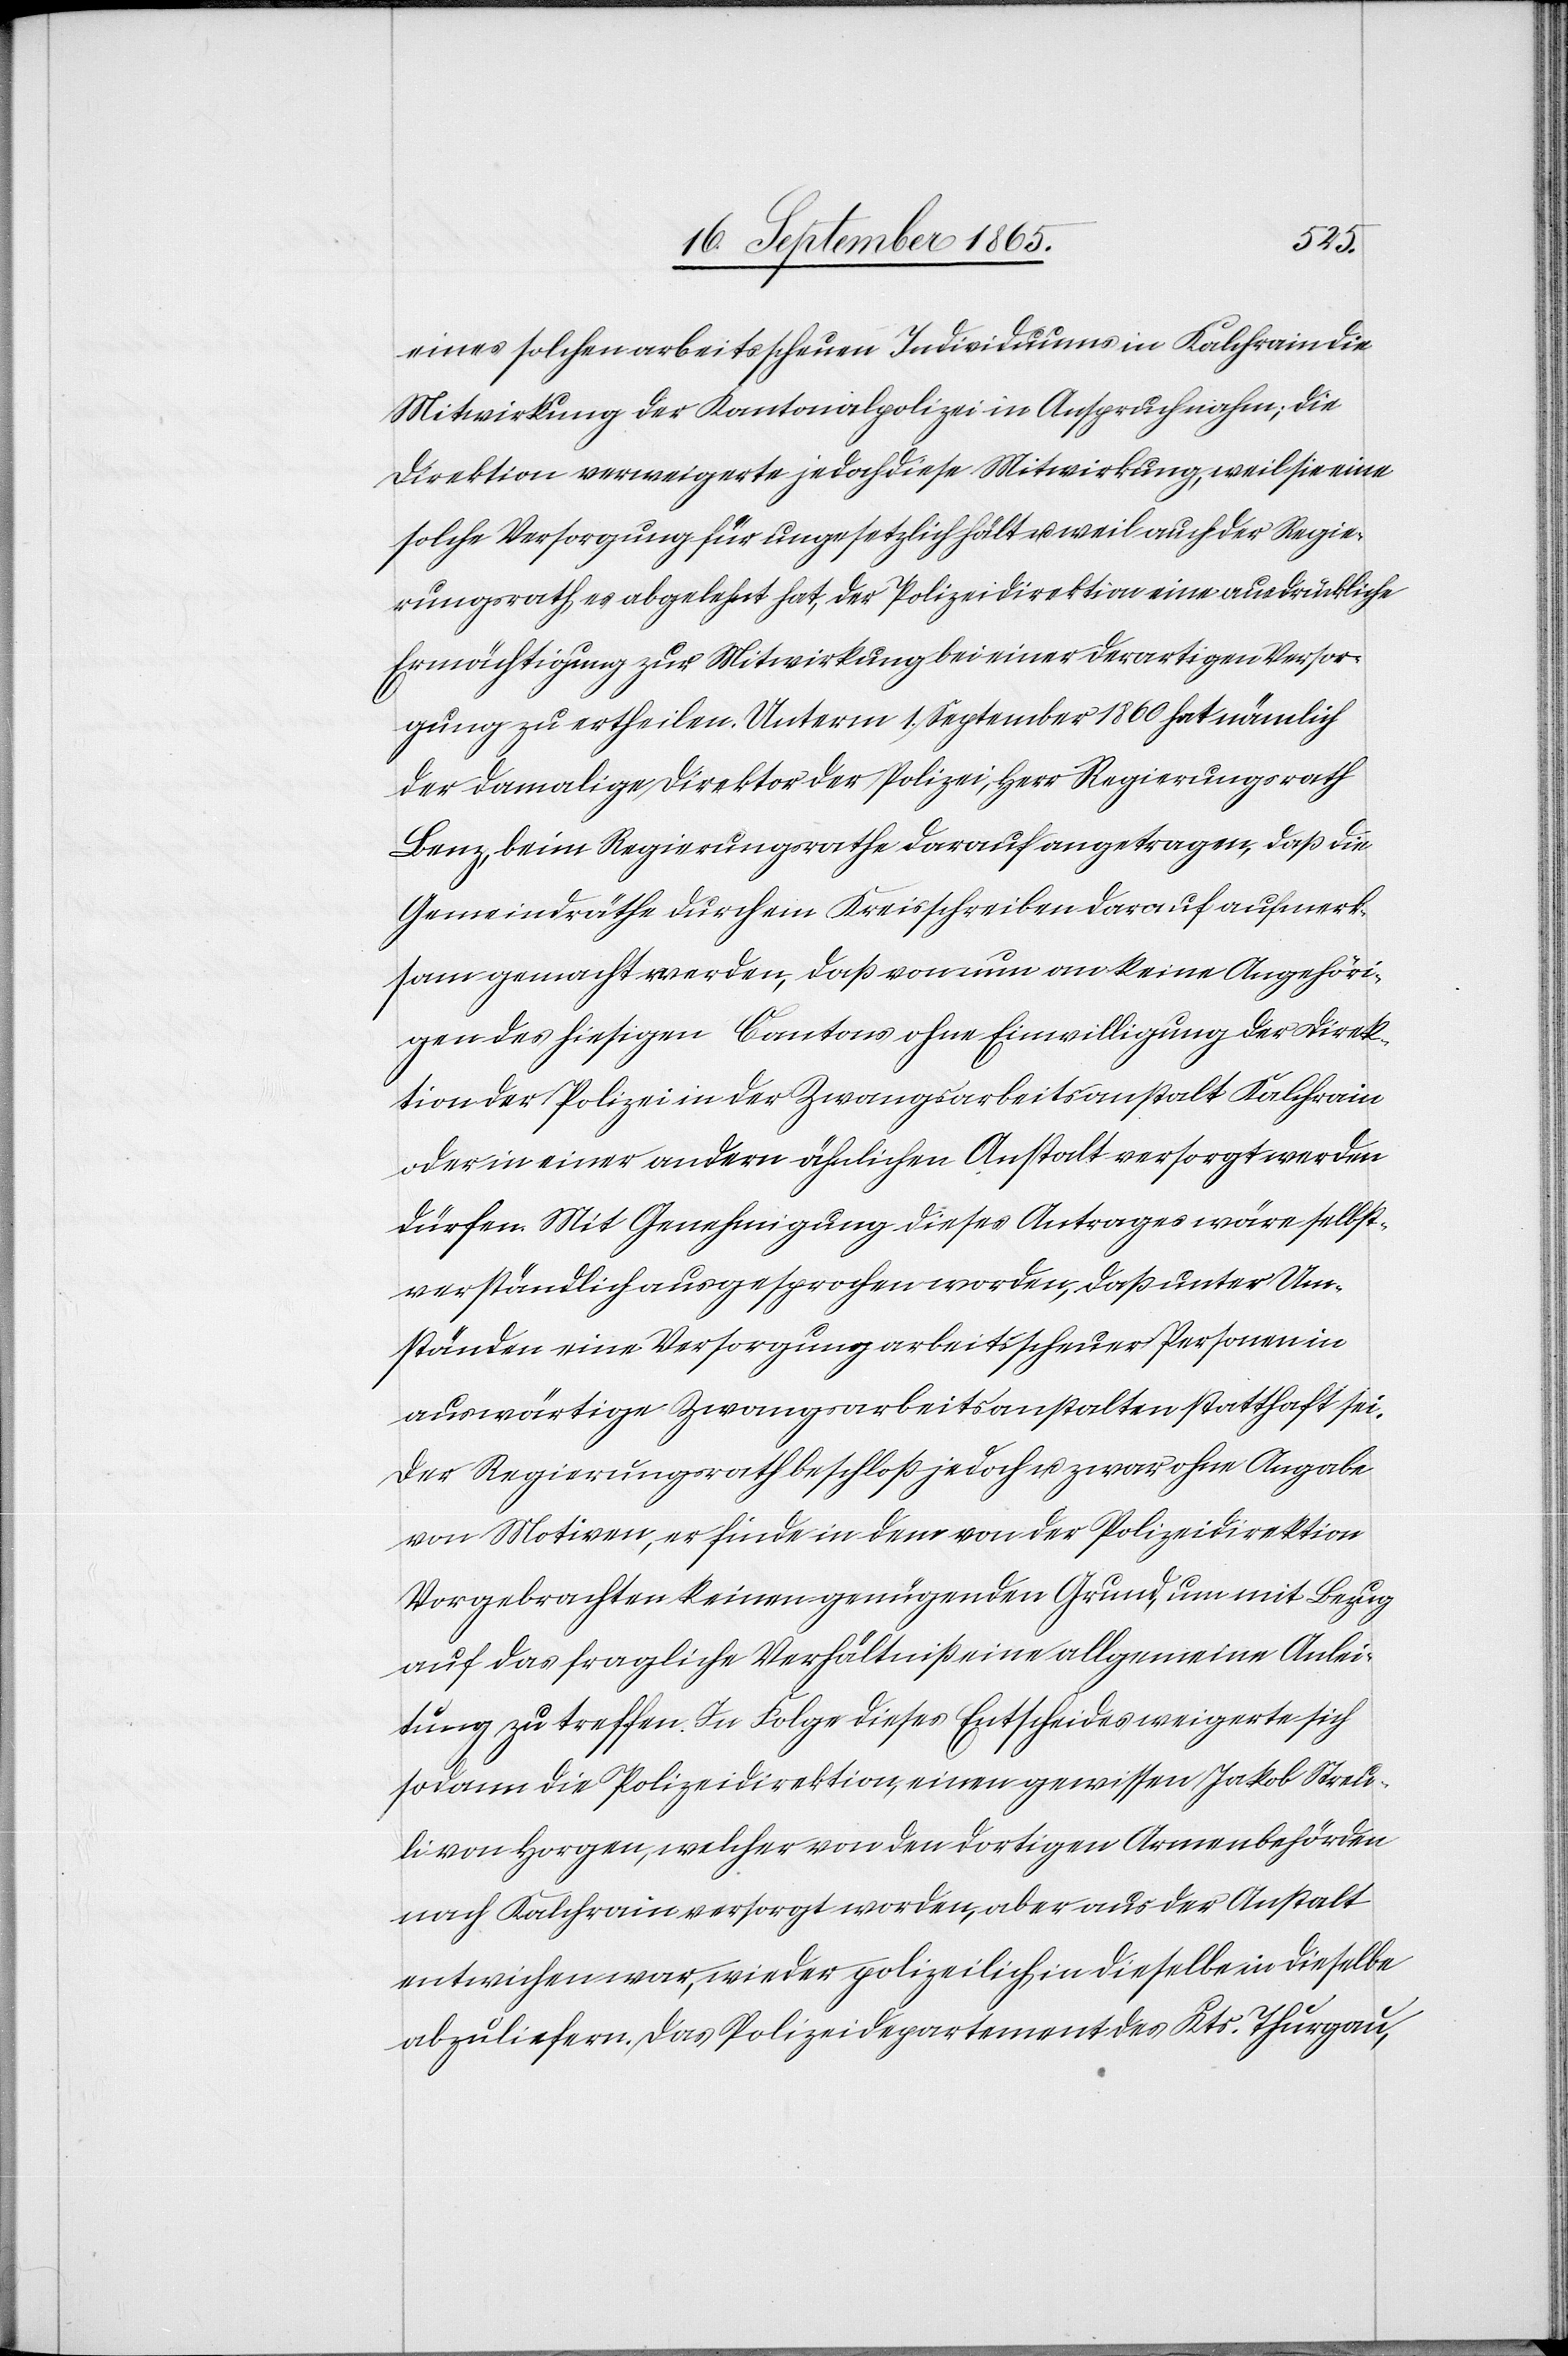
eines solchen arbeitsscheuen Individuums in Kalchrain die
Mitwirkung der Kantonalpolizei in Anspruch nahm; die
Direktion verweigerte jedoch diese Mitwirkung, weil sie eine
solche Versorgung für ungesetzlich hält u. weil auch der Regie¬
rungsrath es abgelehnt hat, der Polizeidirektion eine ausdrückliche
Ermächtigung zur Mitwirkung bei einer derartigen Versor¬
gung zu ertheilen. Unterm 1. September 1860 hat nämlich
der damalige Direktor der Polizei, Herr Regierungsrath
Benz, beim Regierungsrathe darauf angetragen, daß die
Gemeindräthe durch ein Kreisschreiben an keine Angehöri¬
gen des hiesigen Cantons ohne Einwilligung der Direk¬
tion der Polizei in der Zwangsarbeitsanstalt Kalchrain
oder in einer andern ähnlichen Anstalt versorgt werden
dürfen. Mit Genehmigung dieses Antrages wäre selbst¬
verständlich ausgesprochen worden, daß unter Um¬
ständen eine Versorgung arbeitsscheuer Personen in
auswärtigen Zwangsarbeitsanstalten statthaft sei.
Der Regierungsrath beschloß jedoch u. zwar ohne Angabe
von Motiven, er finde in dem von der Polizeidirektion
Vorgebrachten keinen genügenden Grund, um mit Bezug
auf das fragliche Verhältniß eine allgemeine Anlei¬
tung zu treffen. In Folge dieses Entscheides weigerte sich
sodann die Polizeidirektion, einen gewissen Jakob Streu¬
li von Horgen, welcher von den dortigen Armenbehörden
nach Kalchrain versorgt worden, aber aus der Anstalt
entwichen war, wieder polizeilich in dieselbe in dieselbe
abzuliefern. Das Polizeidepartement des Kts. Thurgau,